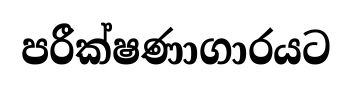
පරීක්ෂණාගාරයට